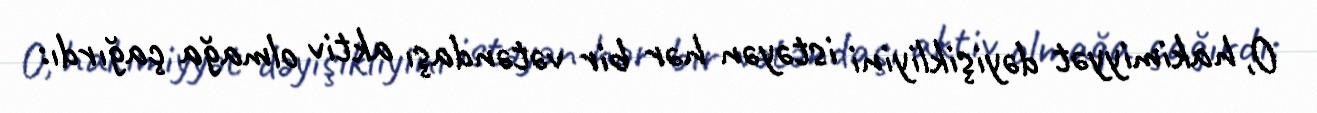
O, hakimiyyət dəyişikliyini istəyən hər bir vətəndaşı aktiv olmağa çağırdı: